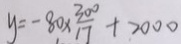
y = - 8 0 \times \frac { 3 0 0 } { 1 7 } + 2 0 0 0